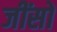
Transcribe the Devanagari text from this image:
जींसों